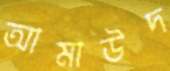
আমাউদ